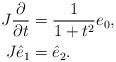
LaTeX: \begin{align*}J\frac{\partial}{\partial t} &=\frac{1}{1+t^2}e_0, \\J \hat{e}_1 &= \hat{e}_2.\end{align*}